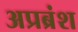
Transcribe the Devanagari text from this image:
अप्रब्रंश